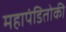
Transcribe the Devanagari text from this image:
महापंडितोकी